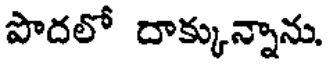
పొదలో దాక్కున్నాను.